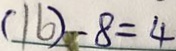
( 1 6 ) - 8 = 4